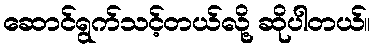
ဆောင်ရွက်သင့်တယ်လို့ ဆိုပါတယ်။